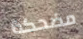
مضحكة